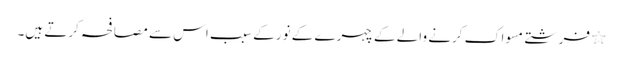
٭ فرشتے مسواک کرنے والے کے چہرے کے نور کے سبب اس سے مصافحہ کرتے ہیں۔